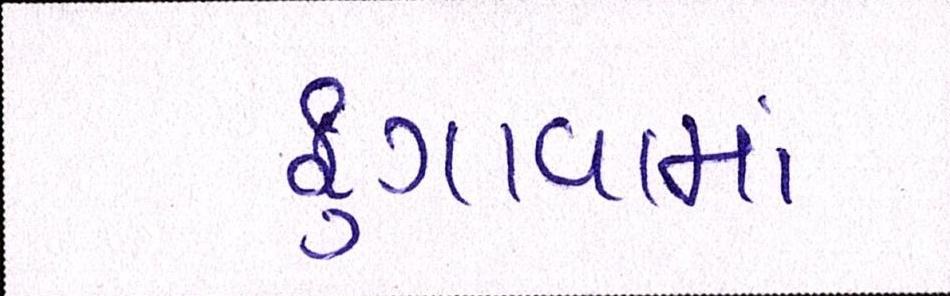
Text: ફુગાવામાં